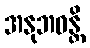
အနုဘဝန္တိ